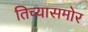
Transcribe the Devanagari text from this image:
तिच्यासमोर